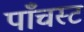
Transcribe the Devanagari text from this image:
पाँचस्ट